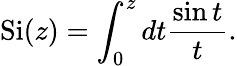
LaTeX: \mathrm{Si}(z)=\int_{0}^{z}dt{\frac{\sin t}{t}}.